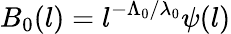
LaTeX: B_{0}(l)=l^{-\Lambda_{0}/\lambda_{0}}\psi(l)